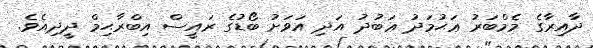
ދާއިރާގެ މެމްބަރު ޢަޙުމަދު ޢަބުދު އަދި އަވަށު ބޯޑުގެ ރައީސް އިބްރާޙިމް ދީދިއެވެ.